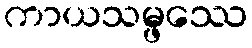
ကာယသမ္ဖဿေ